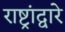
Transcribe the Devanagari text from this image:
राष्ट्रांद्वारे